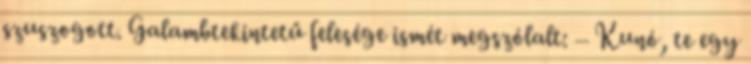
szuszogott. Galambtekintetű felesége ismét megszólalt: – Kunó, te egy